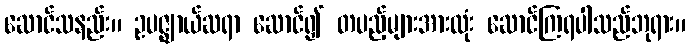
ဆောင်သနည်း။ ဥပဇ္ဈာယ်ဆရာ ဆောင်၍ တပည့်များအားလုံး ဆောင်ကြရပါသည်ဘုရား။